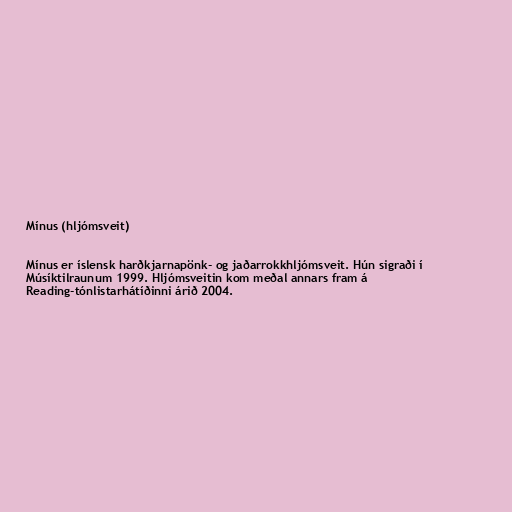
Mínus (hljómsveit)

Mínus er íslensk harðkjarnapönk- og jaðarrokkhljómsveit. Hún sigraði í
Músíktilraunum 1999. Hljómsveitin kom meðal annars fram á
Reading-tónlistarhátíðinni árið 2004.